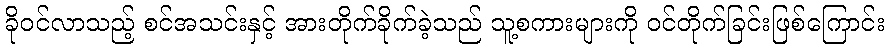
ခိုဝင်လာသည့် စင်အသင်းနှင့် အားတိုက်ခိုက်ခဲ့သည် သူ့စကားများကို ဝင်တိုက်ခြင်းဖြစ်ကြောင်း